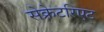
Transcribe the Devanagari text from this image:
सेक्रेटरिएट